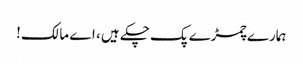
ہمارے چمڑے پک چکے ہیں ، اے مالک!